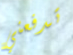
تدفعني